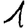
Digit: 1